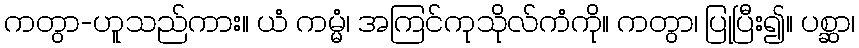
ကတွာ-ဟူသည်ကား။ ယံ ကမ္မံ၊ အကြင်ကုသိုလ်ကံကို။ ကတွာ၊ ပြုပြီး၍။ ပစ္ဆာ၊